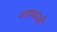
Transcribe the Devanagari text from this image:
शासकओं